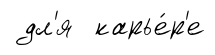
дл'я карье́р'е